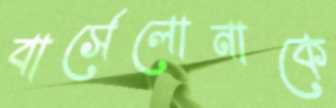
বার্সেলোনাকে